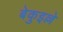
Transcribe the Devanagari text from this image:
बेकुइल्ले